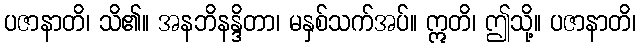
ပဇာနာတိ၊ သိ၏။ အနဘိနန္ဒိတာ၊ မနှစ်သက်အပ်။ ဣတိ၊ ဤသို့။ ပဇာနာတိ၊